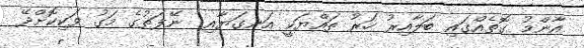
އާންމު ގޮތެއްގައި ބަލާއިރު ހަރު ތައްޔަކީ އަނގަޔާއި  ނޭފަތުގެ މަގު ވަކިކޮށްދޭ